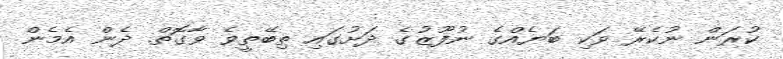
ކުރަން ނުކެރޭ ވަކި ބަޔެއްގެ ނުފޫޒުގެ ދަށުގައި ތިބޭތީވެ ވާގޮތް. ދެން އެމެން